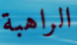
الراهبة